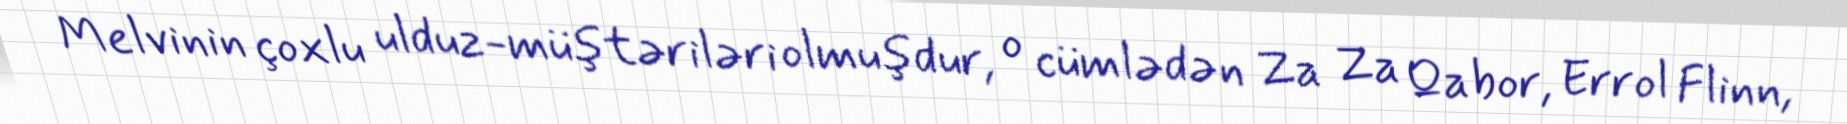
Melvinin çoxlu ulduz-müştəriləri olmuşdur, o cümlədən Za Za Qabor, Errol Flinn,